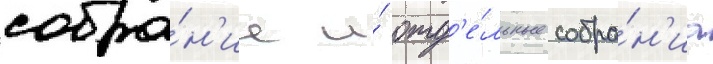
собра́н'ие и́ отд'е́льные собра́н'иа